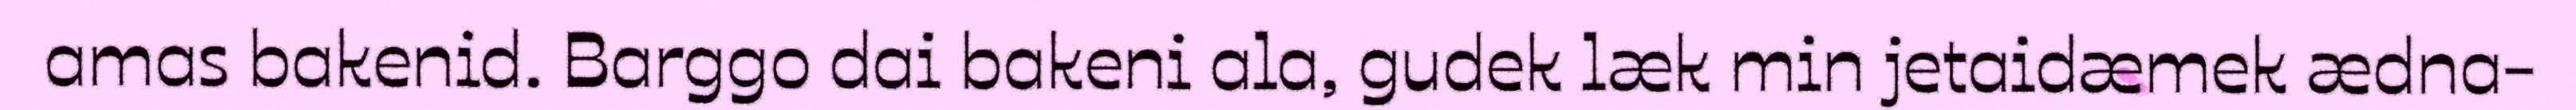
amas bakenid. Barggo dai bakeni ala, gudek læk min jetaidæmek ædna-